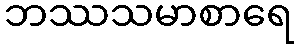
ဘဿသမာစာရေ